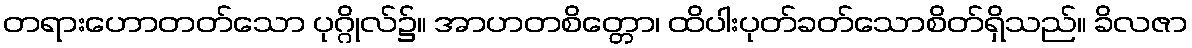
တရားဟောတတ်သော ပုဂ္ဂိုလ်၌။ အာဟတစိတ္တော၊ ထိပါးပုတ်ခတ်သောစိတ်ရှိသည်။ ခိလဇာ